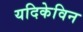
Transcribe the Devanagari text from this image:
यदिकेविन